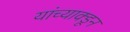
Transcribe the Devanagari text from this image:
यांच्याक्डून